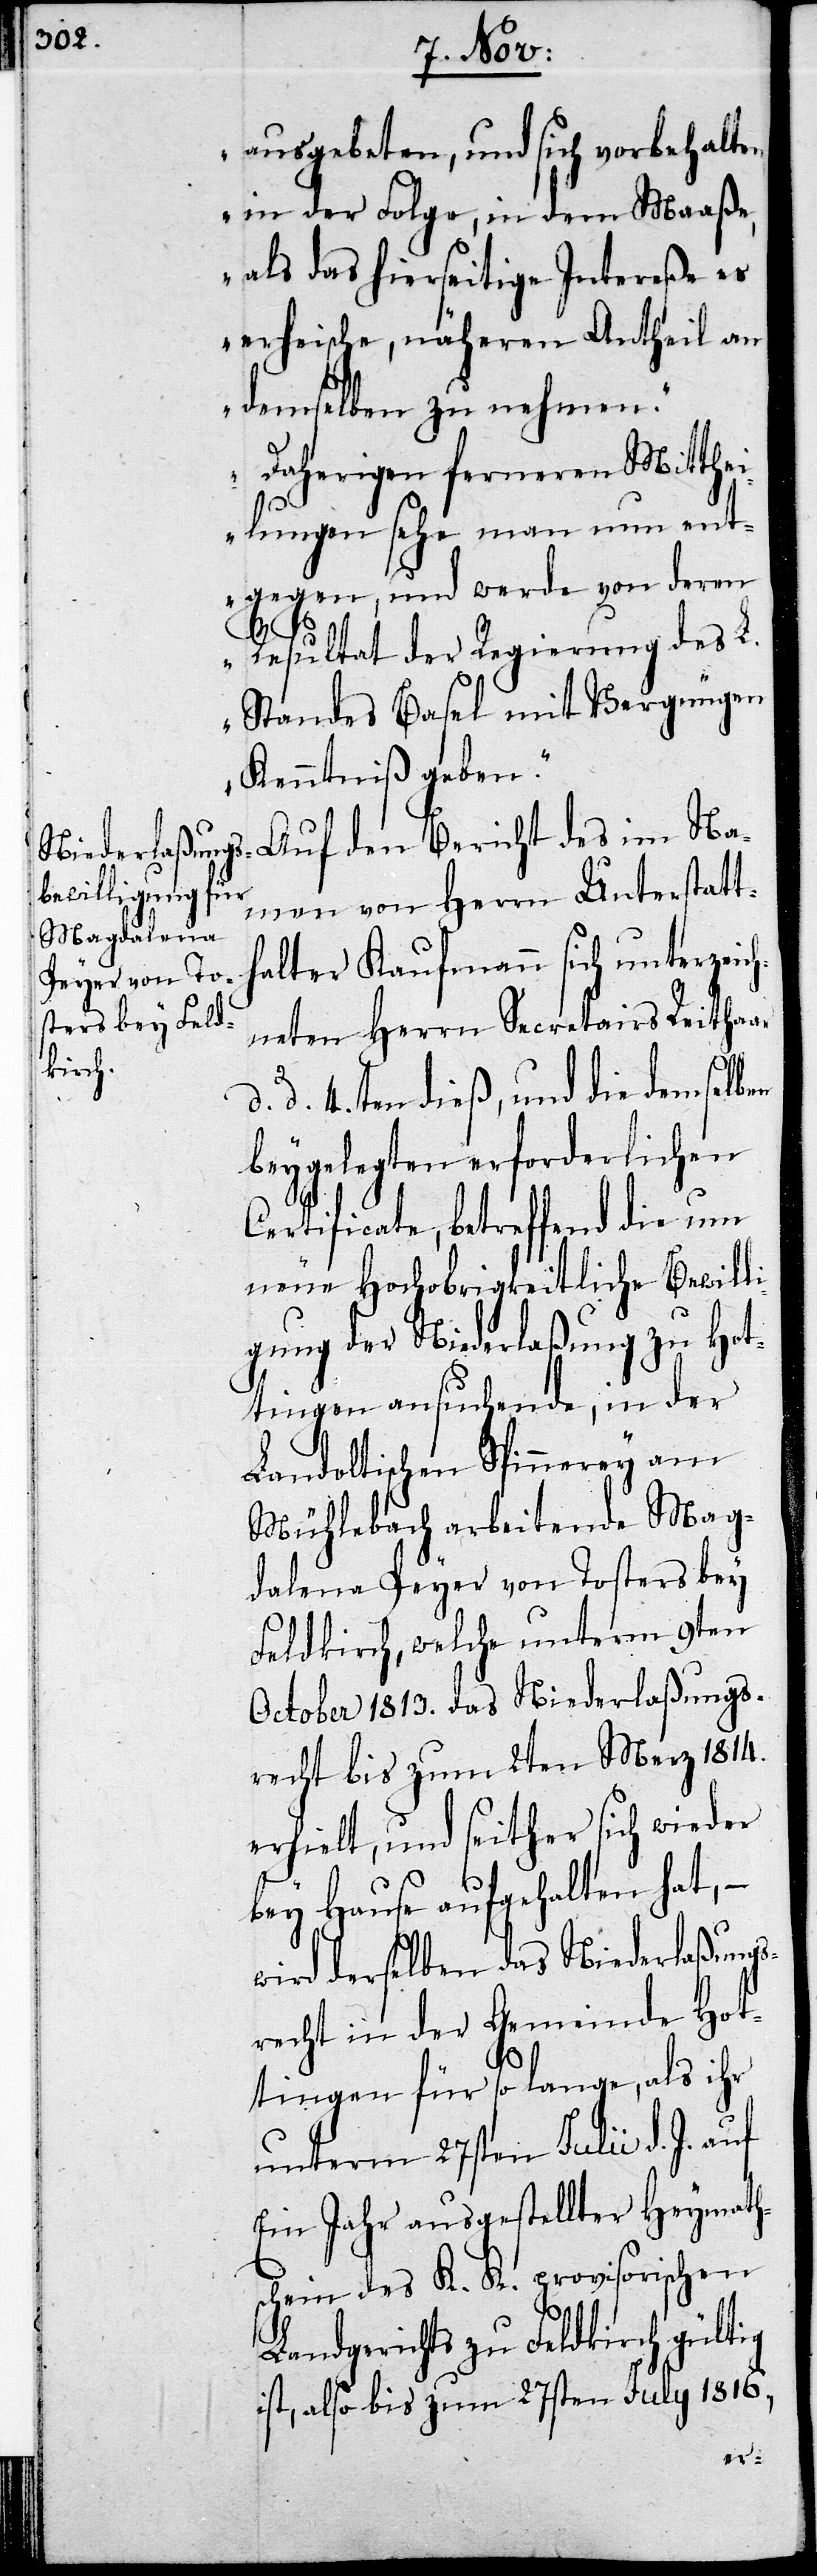
ausgebeten, und sich vorbehalten,
in der Folge, in dem Maaße,
als das hierseitige Intereße es
erheische, näheren Antheil an
demselben zu nehmen.
Daherigen ferneren Mitthe¬
ilungen sehe man nun ent¬
gegen, und werde von deren
Resultat der Regierung des L.
Standes Basel mit Vergnügen
Kenntniß geben.“
Auf den Bericht des im Na¬
men von Herrn Unterstatt¬
halter Kaufmann sich unterzeic¬
hneten Herrn Secretairs Reithaar
d. d. 4.ten dieß, und die demselben
beygelegten erforderlichen
Certificate, betreffend die um
neue Hochobrigkeitliche Bewill¬
igung der Niederlaßung zu Hot¬
tingen ansuchende, in der
Landoltischen Spinnerey am
Mühlebach arbeitende Mag¬
dalena Peyer von Tosters bey
Feldkirch, welche unterm 9ten
October 1813. das Niederlaßungs¬
recht bis zum 2ten Merz 1814.
erhielt, und seither sich wieder
bey Hause aufgehalten hat, –
wird derselben das Niederlaßungs¬
recht in der Gemeinde Hot¬
tingen für so lange, als ihr
unterm 27sten Julii d. J. auf
Ein Jahr ausgestellter Heimath¬
schein des K. K. provisorischen
Landgerichts zu Feldkirch gültig
ist, also bis zum 27sten July 1816,